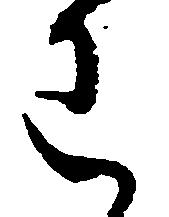
わ